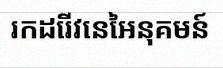
រកដេរីវេនៃអនុគមន៍